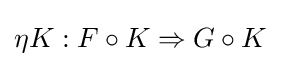
\eta K:F\circ K\Rightarrow G\circ K